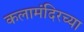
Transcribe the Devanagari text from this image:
कलामंदिरच्या